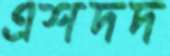
এশদদ